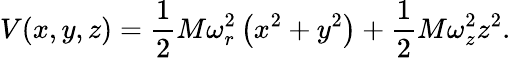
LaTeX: V(x,y,z)=\frac{1}{2}M\omega_{r}^{2}\left(x^{2}+y^{2}\right)+\frac{1}{2}M\omega_{z}^{2}z^{2}.